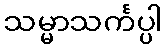
သမ္မာသင်္ကပ္ပါ